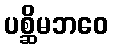
ပစ္ဆိမဘဝေ